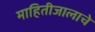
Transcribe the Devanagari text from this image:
माहितीजालाचे